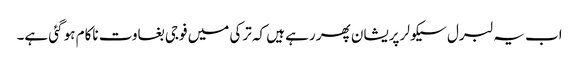
اب یہ لبرل سیکولر پریشان پھر رہے ہیں کہ ترکی میں فوجی بغاوت ناکام ہو گئی ہے۔